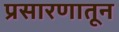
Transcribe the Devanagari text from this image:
प्रसारणातून